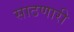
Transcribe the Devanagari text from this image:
साठणारी